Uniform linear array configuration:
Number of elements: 48
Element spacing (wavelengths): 0.25
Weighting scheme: uniform
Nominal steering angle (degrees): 15
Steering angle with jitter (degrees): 13.108
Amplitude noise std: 0.05
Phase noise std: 0.05

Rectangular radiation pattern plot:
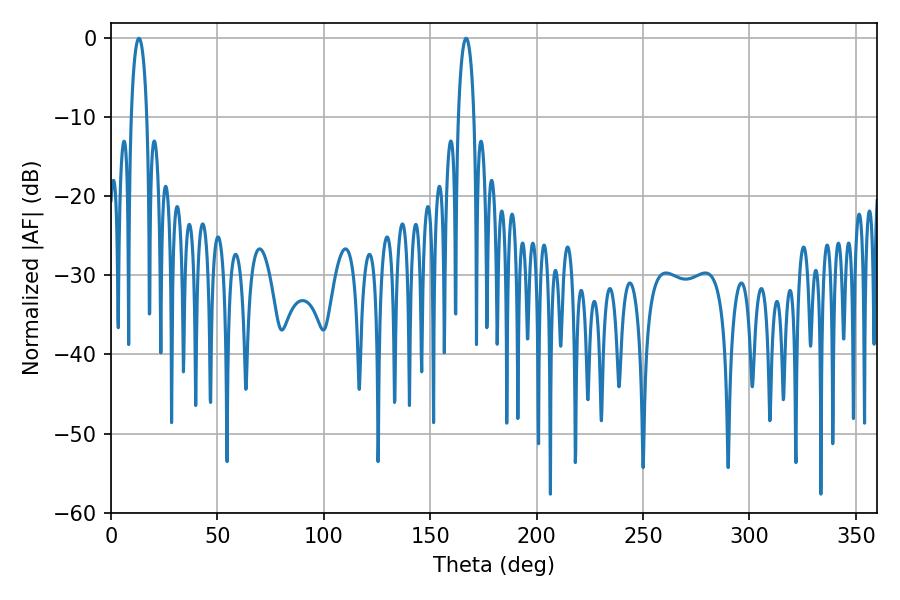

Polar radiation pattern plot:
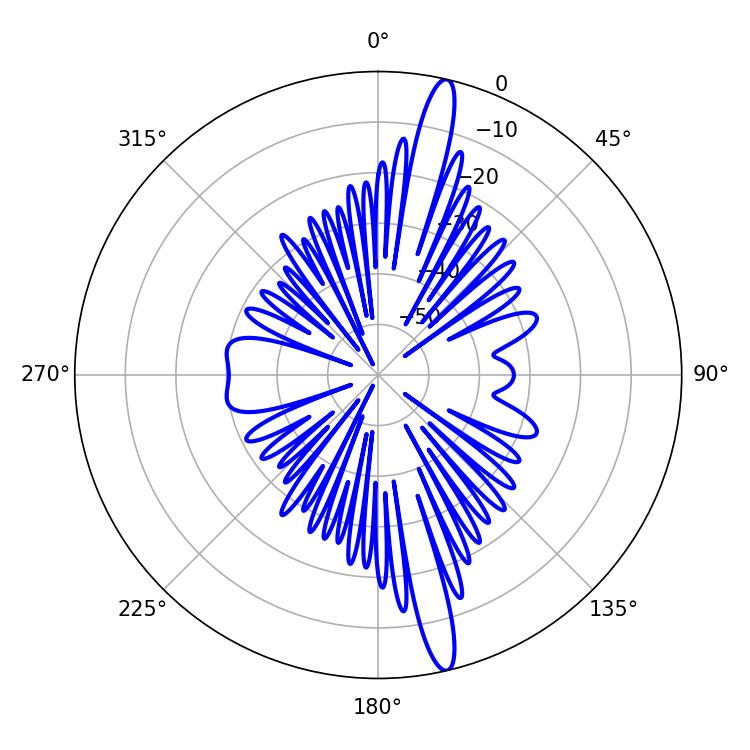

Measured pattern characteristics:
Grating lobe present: FALSE
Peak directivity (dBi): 17.127
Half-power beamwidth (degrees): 4.32
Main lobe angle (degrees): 13.14